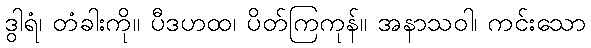
ဒွါရံ၊ တံခါးကို။ ပီဒဟထ၊ ပိတ်ကြကုန်။ အနာသဝါ၊ ကင်းသော